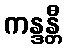
ကန္ဒန္တီ